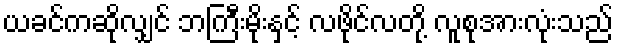
ယခင်ကဆိုလျှင် ဘကြီးမိုးနှင့် လဖိုင်လတို့ လူစုအားလုံးသည်